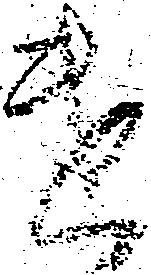
遣